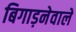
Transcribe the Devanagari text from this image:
बिगाड़नेवाले